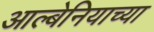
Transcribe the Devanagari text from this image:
आल्बेनियाच्या